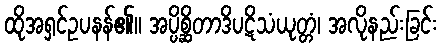
ထိုအရှင်ဥပနန်၏။ အပ္ပိစ္ဆိတာဒိပဋိသံယုတ္တံ၊ အလိုနည်းခြင်း